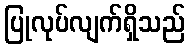
ပြုလုပ်လျက်ရှိသည်